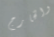
والخارج